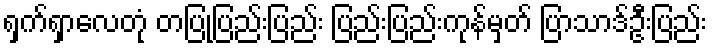
ရှက်ရှာလေတုံ တပြုံပြည်းပြည်း ပြည်းပြည်းကုန်မှတ် ပြာသာဒ်ဦးပြည်း